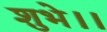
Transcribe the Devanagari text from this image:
शुभे।।